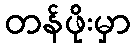
တန်ဖိုးမှာ